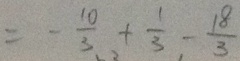
= - \frac { 1 0 } { 3 } + \frac { 1 } { 3 } - \frac { 1 8 } { 3 }